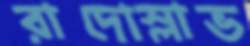
রাদোস্লাভ